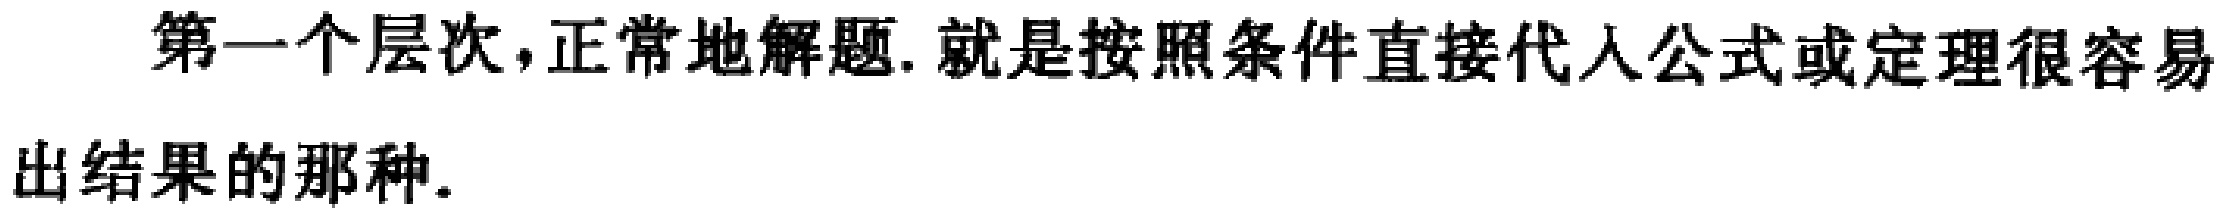
第一个层次,正常地解题.就是按照条件直接代入公式或定理很容易出结果的那种.